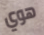
هوي